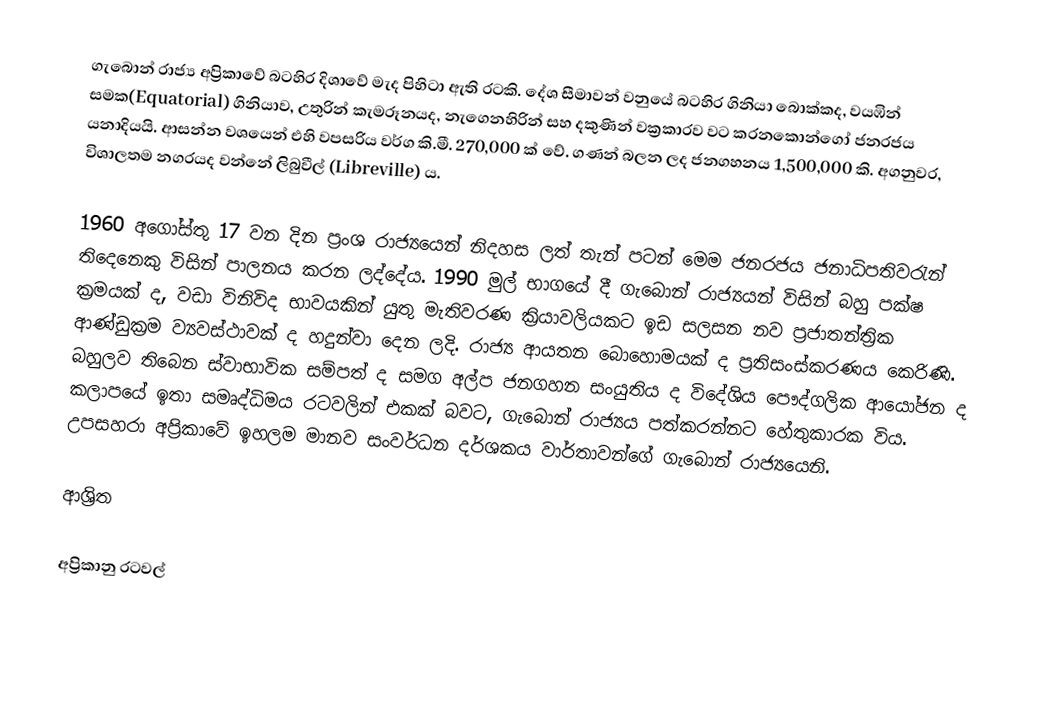
ගැබොන් රාජ්‍ය අප්‍රිකාවේ බටහිර දිශාවේ මැද පිහිටා ඇති රටකි. දේශ සීමාවන් වනුයේ බටහිර ගිනියා බොක්කද, වයඹින් සමක(Equatorial) ගිනියාව, උතුරින් කැමරූනයද, නැගෙනහිරින් සහ දකුණින් වක්‍රකාරව වට කරනකොන්ගෝ ජනරජය යනාදියයි. ආසන්න වශයෙන් එහි වපසරිය වර්ග කි.මී. 270,000  ක් වේ. ගණන් බලන ලද ජනගහනය 1,500,000 කි. අගනුවර, විශාලතම නගරයද වන්නේ ලිබුවීල් (Libreville) ය.

1960 අගෝස්තු 17 වන දින ප්‍රංශ රාජ්‍යයෙන් නිදහස ලත් තැන් පටන් මෙම ජනරජය ජනාධිපතිවරැන් තිදෙනෙකු  විසින් පාලනය කරන ලද්දේය. 1990 මුල් භාගයේ දී ගැබොන් රාජ්‍යයන් විසින් බහු පක්ෂ ක්‍රමයක් ද, වඩා විනිවිද භාවයකින් යුතු  මැතිවරණ ක්‍රියාවලියකට ඉඩ සලසන නව ප්‍රජාතන්ත්‍රික ආණ්ඩුක්‍රම ව්‍යවස්ථාවක් ද හදුන්වා දෙන ලදි. රාජ්‍ය ආයතන බොහොමයක් ද ප්‍රතිසංස්කරණය කෙරිණි.  බහුලව තිබෙන ස්වාභාවික සම්පත් ද සමග අල්ප ජනගහන සංයුතිය ද විදේශිය පෞද්ගලික ආයෝජන ද කලාපයේ ඉතා සමෘද්ධිමය රටවලින් එකක් බවට, ගැබොන් රාජ්‍යය පත්කරන්නට හේතුකාරක විය. උපසහරා අප්‍රිකාවේ ඉහලම මානව සංවර්ධන දර්ශකය වාර්තාවන්ගේ ගැබොන් රාජ්‍යයෙනි.

ආශ්‍රිත

අප්‍රිකානු රටවල්